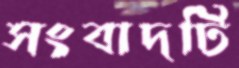
সংবাদটি